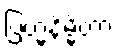
ဗြဟ္မနိမ္မိတာ